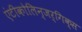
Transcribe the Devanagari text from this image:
एंटीकोलिन्जर्गिक्स